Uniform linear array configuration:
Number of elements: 48
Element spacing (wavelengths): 0.5
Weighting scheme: cosine
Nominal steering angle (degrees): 60
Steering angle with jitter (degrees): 60.444
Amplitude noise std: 0.05
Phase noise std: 0.05

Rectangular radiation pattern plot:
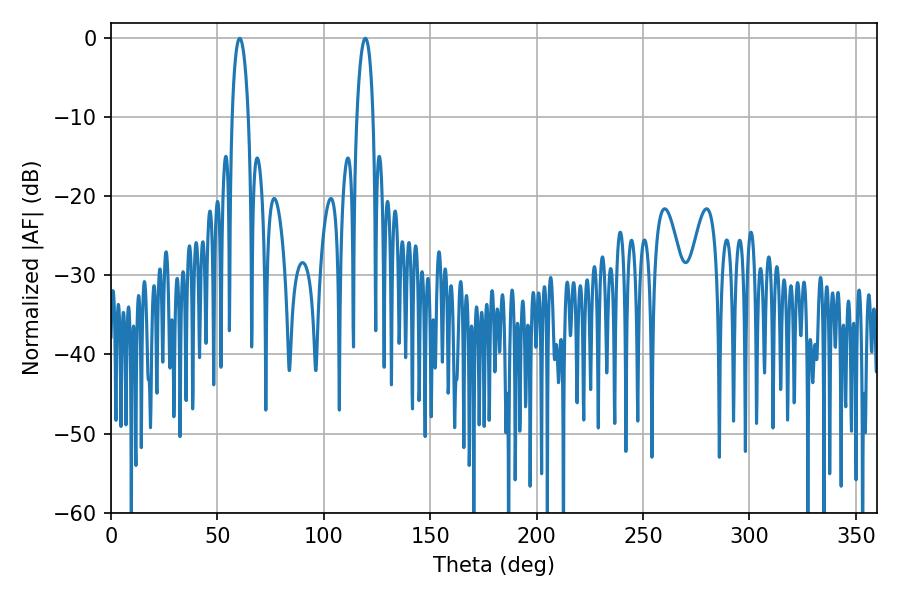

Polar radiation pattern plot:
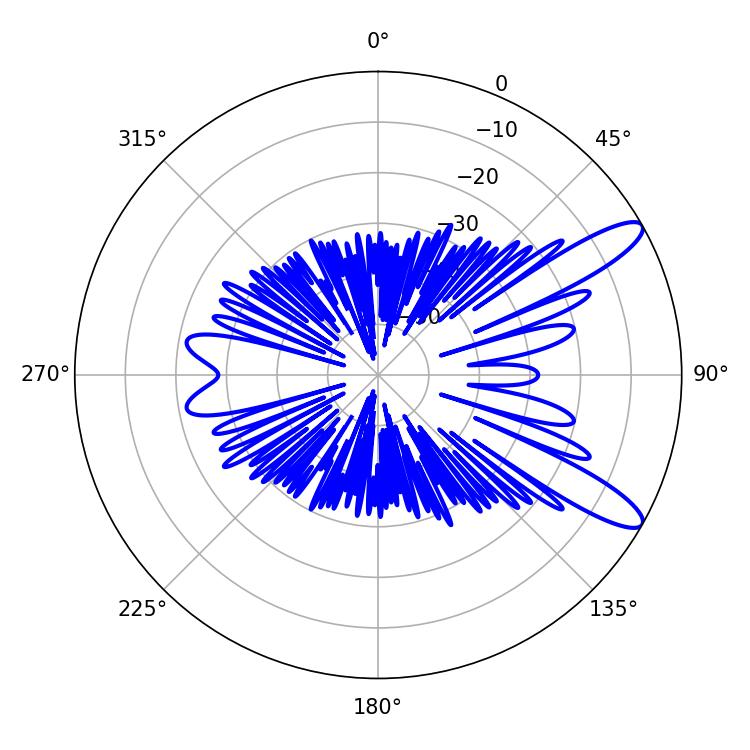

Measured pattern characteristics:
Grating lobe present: FALSE
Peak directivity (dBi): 11.415
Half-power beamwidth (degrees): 4.32
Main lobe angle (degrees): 60.48